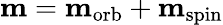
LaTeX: \mathbf{m}=\mathbf{m}_{\mathrm{{orb}}}+\mathbf{m}_{\mathrm{{spin}}}